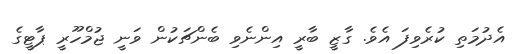
އެދުމަތި ކުރެވިފަ އެވެ. ގާޒީ ބާރީ އިންނެވި ބެންޗަކުން ވަނީ ޖުމްހޫރީ ޕާޓީގެ